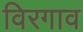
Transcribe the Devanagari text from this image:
विरगाव